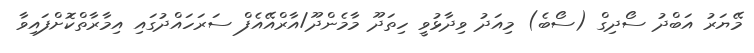
މޭޔަރު އަބްދު ސޯދިގް (ސޯބެ) މިއަދު ވިދާޅުވީ ހިތަދޫ މާމެންދޫ/އާރްއޭއެފް ސަރަހައްދުގައި އިމާރާތްކޮށްފައިވާ